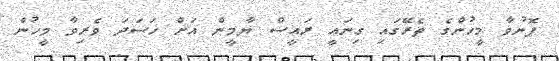
ފޮނުވާ މީހުންގެ ތެރޭގައި ގިނައީ ރައީސް ޔާމީން އަށް ހަސަދަ ވެރިވާ މީހުން